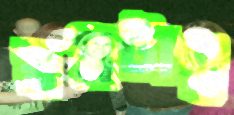
স্বপ্নটাই